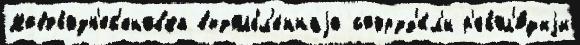
Нововозн'ес'еновка выдолбл'еннаjа сооруд'и́л'и р'евол'ю́циjи